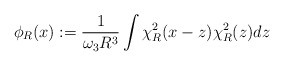
\begin{align*} \phi_R(x):= \frac{1}{\omega_3 R^3} \int \chi^2_R(x-z) \chi^2_R(z) dz \end{align*}